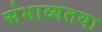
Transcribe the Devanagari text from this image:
संभाव्यतया